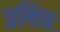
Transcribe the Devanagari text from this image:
प्रथितः